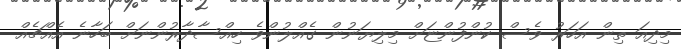
މިދިއަ ތިން އަހަރު ވެސް ކުންފުންޏަށް މިލިޔަނުން ގެއްލުންވެ ހިއްސާދާރުންނަށް ބަހާނެ އެއްޗެއް